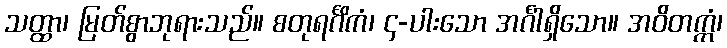
သတ္ထာ၊ မြတ်စွာဘုရားသည်။ စတုရင်္ဂိကံ၊ ၄-ပါးသော အင်္ဂါရှိသော။ အဝိတက္ကံ၊